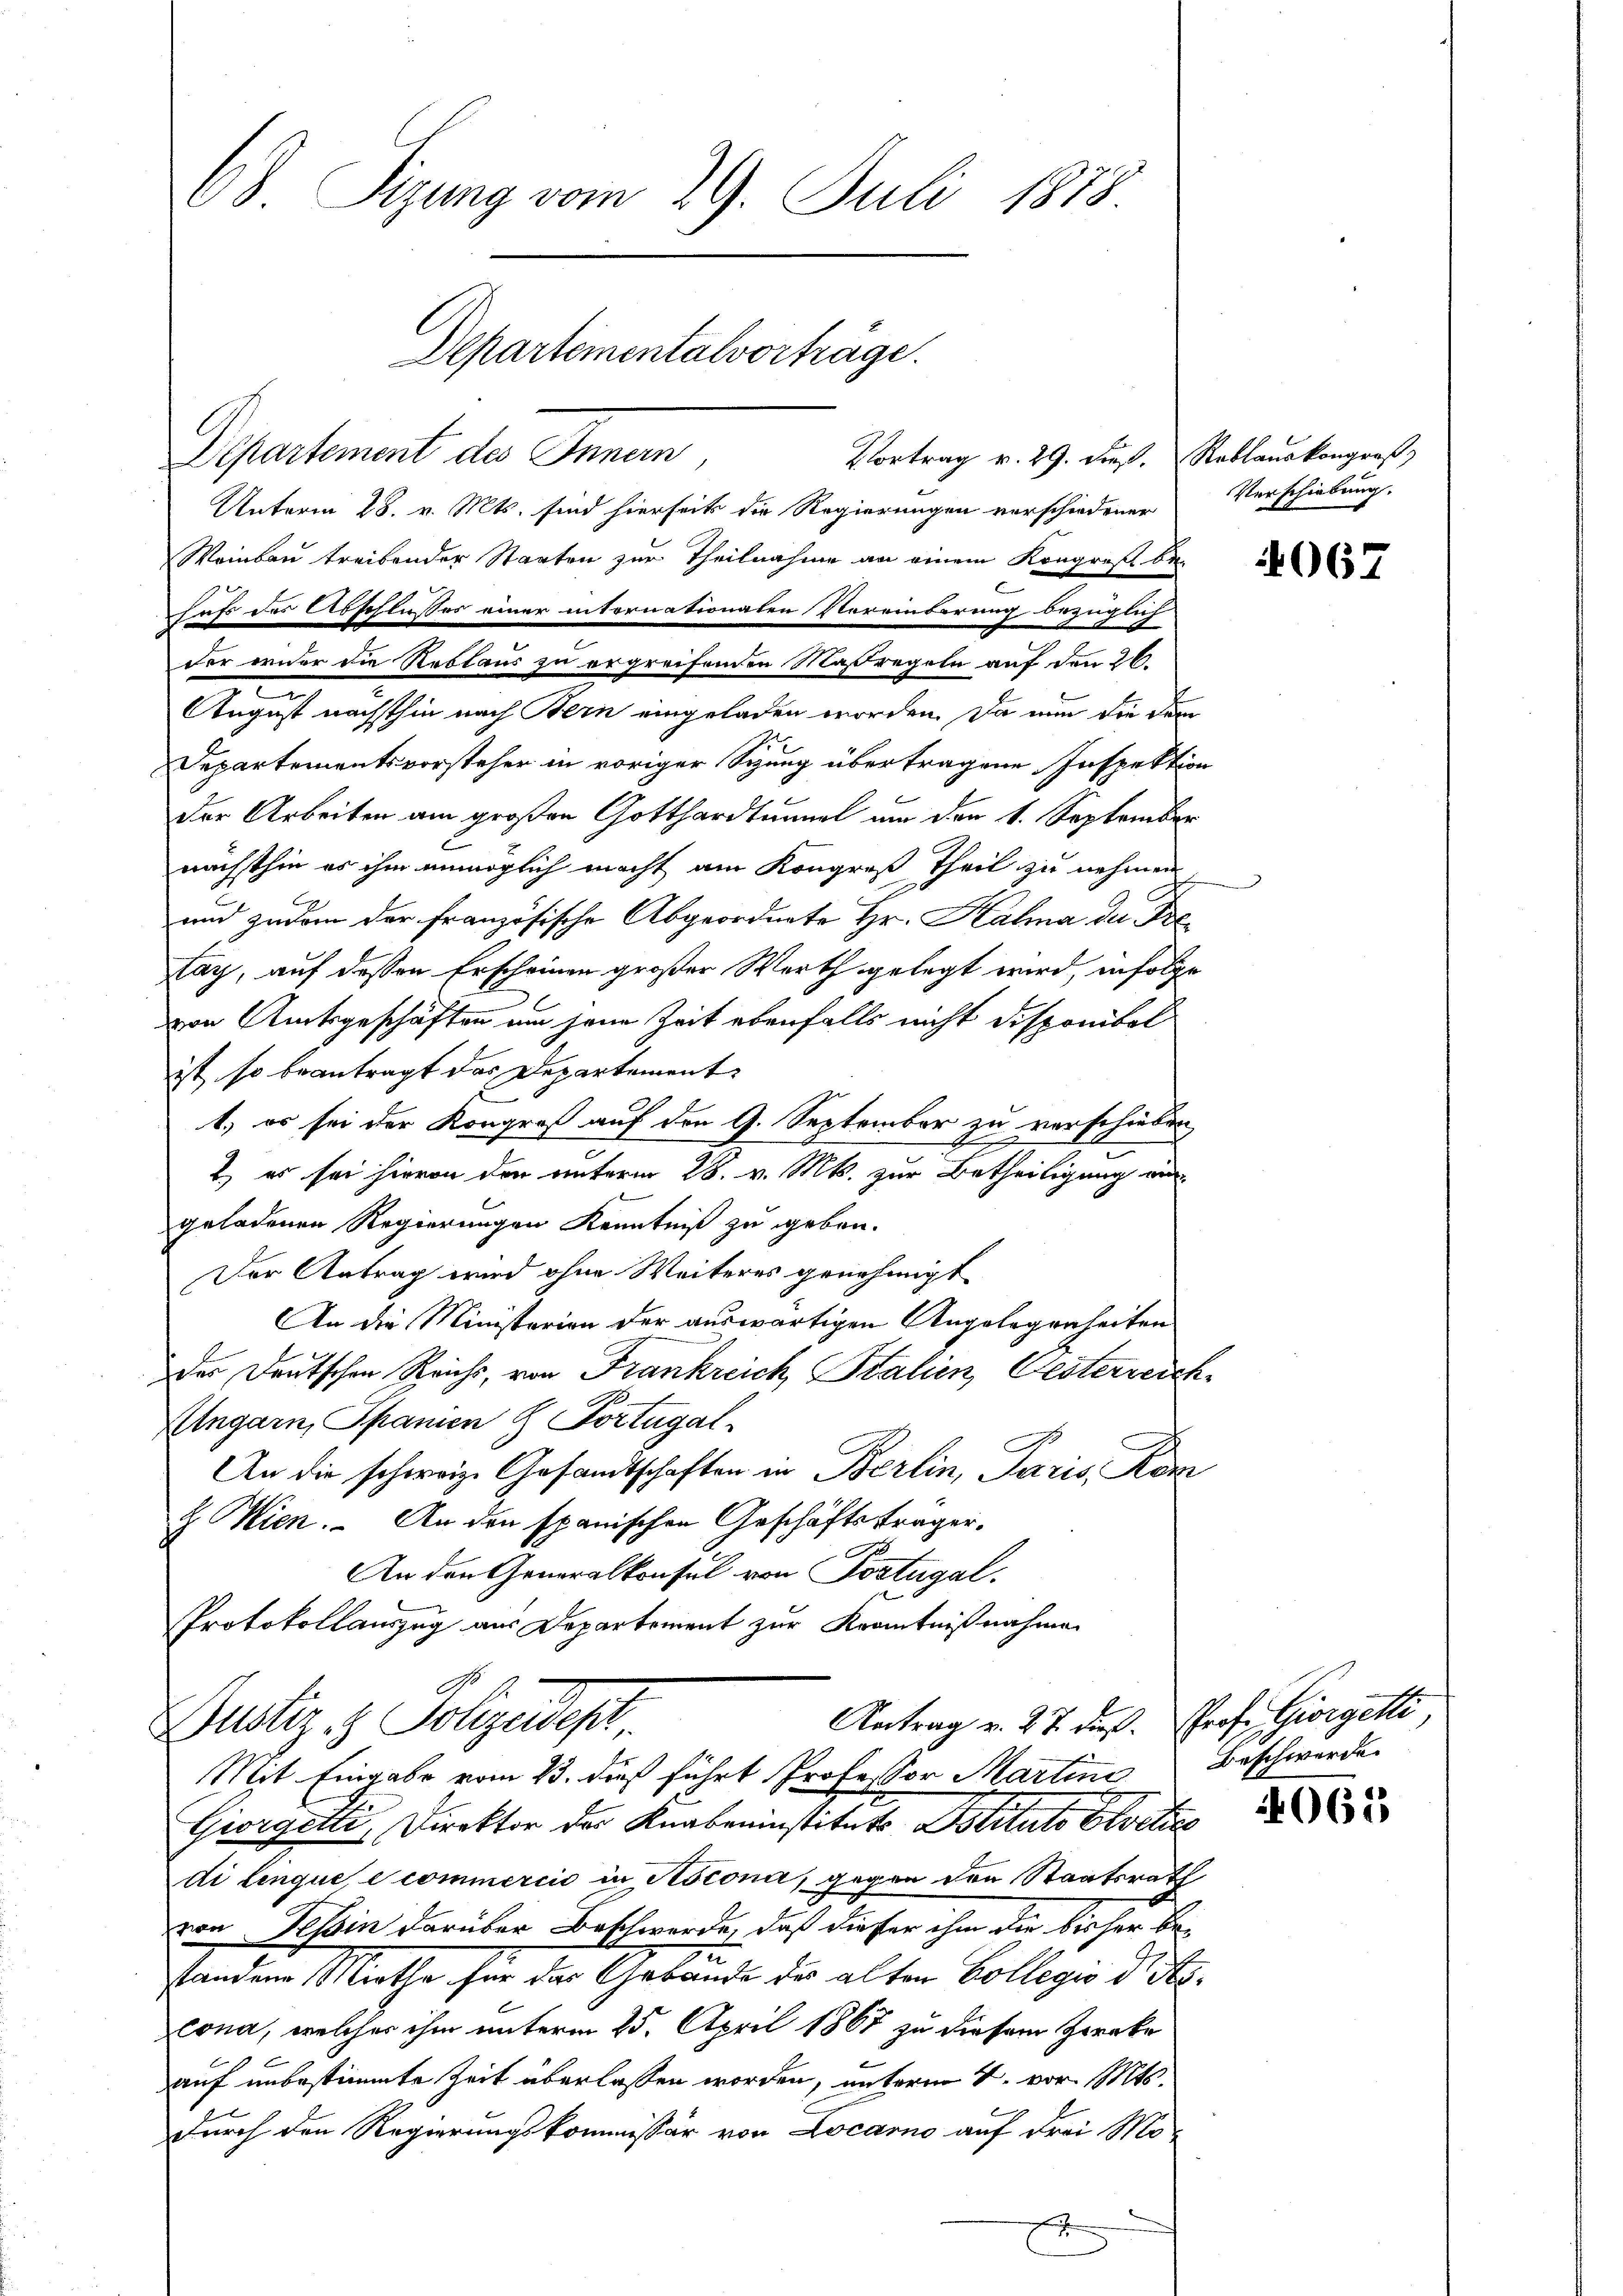
68 Sizung vom 29. Juli 1888.
Departementalvortrage.

Departement des Innen,
Unterm 28. v. Mts. sind hierseits die Regierungen vorschiedener Verschiebung.
Weinbau treibender Staaten zur Theilnahme an einem Kongreß be-
6
hufs des Abschlusses einer internationalen Vereinderung bezüglich
der wider die Restaus zu ergreifenden Maßregeln auf den 26.
August nächsthin nach Bern eingeladen worden. Da nun die dem
Departementsvorsteher in voriger Sitzung übertragene Inspektion
der Arbeiten am großen Gotthardtunnel um den 1. September
nächsthin es ihm unmöglich macht am Kongreß Theil zu nehmen
E
und zudem der Französische Abgeordnete Hr. Hala der Frelag, auf dessen Erscheinen großer Werth gelegt wird, infolge
von Amtsgeschäften um jene Zeit ebenfalls nicht disponibel
ist so beantragt das Departement
1.) es sei der Kongreß auf den 9. September zu verschieden
 es sei hievon der unterm 28. v. Mts. zur Betheiligung au
geladenen Regierungen Kenntniß zu geben.
Der Antrag wird ohne Weiteres genehmigt
An die Ministerien der auswärtigen Angelegenheiten
der Deutschen Reichs, von Frankreich Kalien, Gesterreich
Ungarn, Spanien & Portugal-
An die schweiz. Gesandtschaften in Berlin, Paris Kon
d Mien. An den spanischen Geschäftsträger.
An den Generalkonsul von Postugal
Protokollauszug aus Departement zur Kenntnißnahme
Antrag v. 27. dieß. Prof. Giorgetti,
Justiz & Polizeidest
Mit Eingabe vom 23. dieß führt Professor Martine Beschwerde
Giorgetti, Direktor der Knabeninstituts Dstituts Elveties
di linque, e commercio in Ascona, gegen den Staatsrath
von Tessin darüber Beschwerde, daß dieser ihm die bisher be-
standen Miethe für das Gebäude des alten Collegio di Stscona, welcher ihm unterm 25. April 1867 zu diesem Zereke
auf unbestimmte Zeit überlassen worden, unterm 2. vor. Mts.
durch den Regierungskommissär von Locarno auf drei Mo-
x

Vortrag v. 29. dieß. Rablauskongreß,

4067

4065